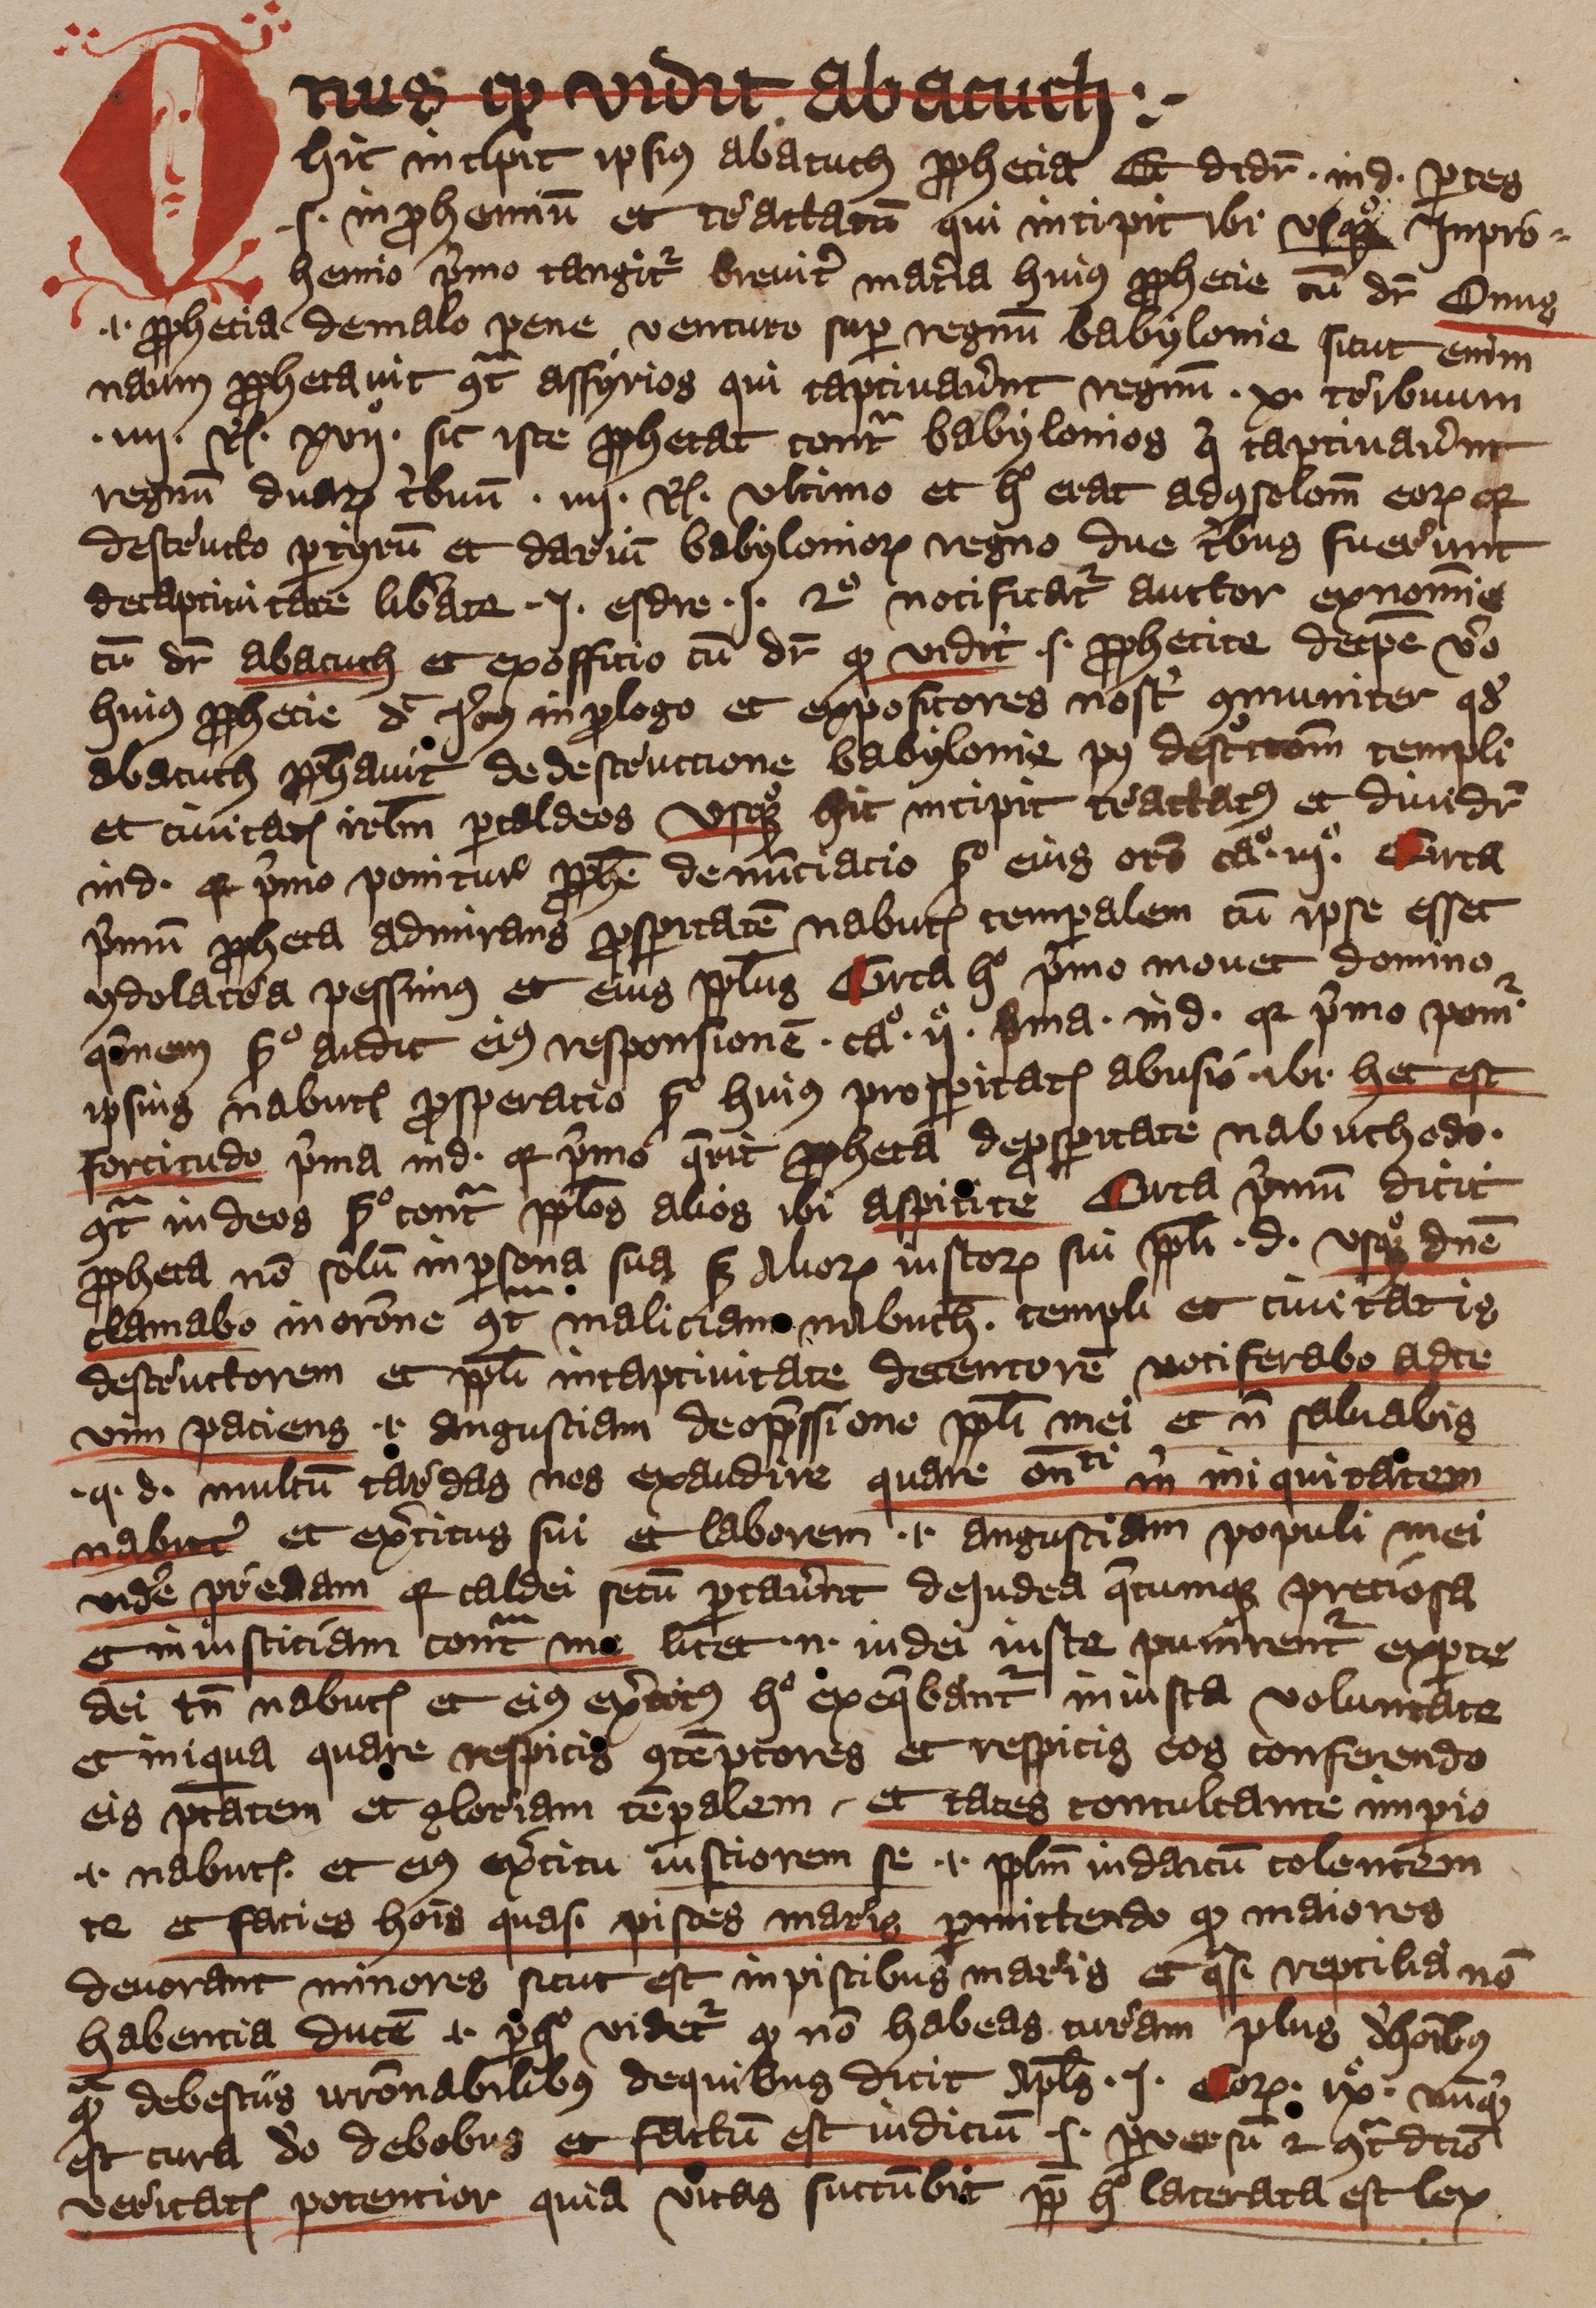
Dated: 1393–1396